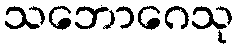
သဘောဂေသု